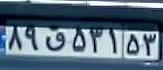
۸۹ق۵۳۱۵۳